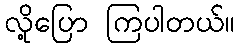
လို့ပြော ကြပါတယ်။